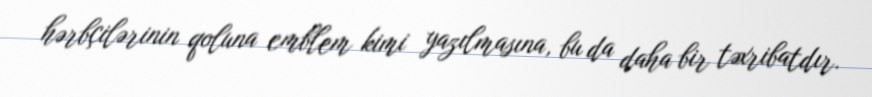
hərbçilərinin qoluna emblem kimi yazılmasına, bu da daha bir təxribatdır.